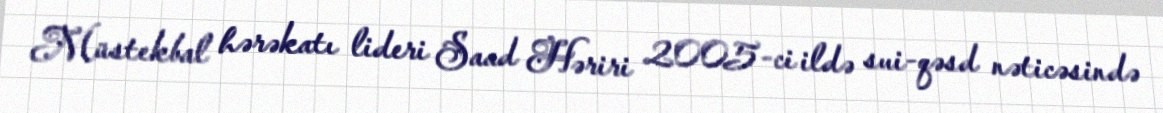
Müstekbal hərəkatı lideri Saad Həriri 2005-ci ildə sui-qəsd nəticəsində